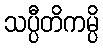
သပ္ပီတိကမ္ပိ